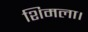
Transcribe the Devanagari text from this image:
शिमला।